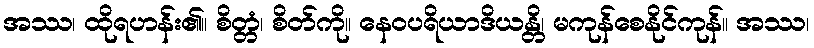
အဿ၊ ထိုရဟန်း၏။ စိတ္တံ၊ စိတ်ကို။ နေဝပရိယာဒိယန္တိ၊ မကုန်စေနိုင်ကုန်။ အဿ၊